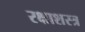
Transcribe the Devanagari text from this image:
रक्षाशस्त्र